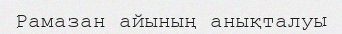
Рамазан айының анықталуы